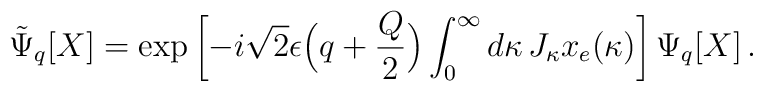
\tilde \Psi_{q}[X]=\exp\left[ -i\sqrt{2}\epsilon\Bigl(q+\frac{Q}{2}\Bigr)\int_{0}^{\infty}d\kappa\, J_{\kappa} x_{e}(\kappa)\right]\Psi_{q}[X]\, .